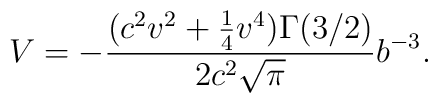
V=-\frac{(c^2v^2+\frac{1}{4}v^4)\Gamma(3/2)}{2c^2\sqrt{\pi}}b^{-3}.